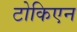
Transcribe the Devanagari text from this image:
टोकिएन